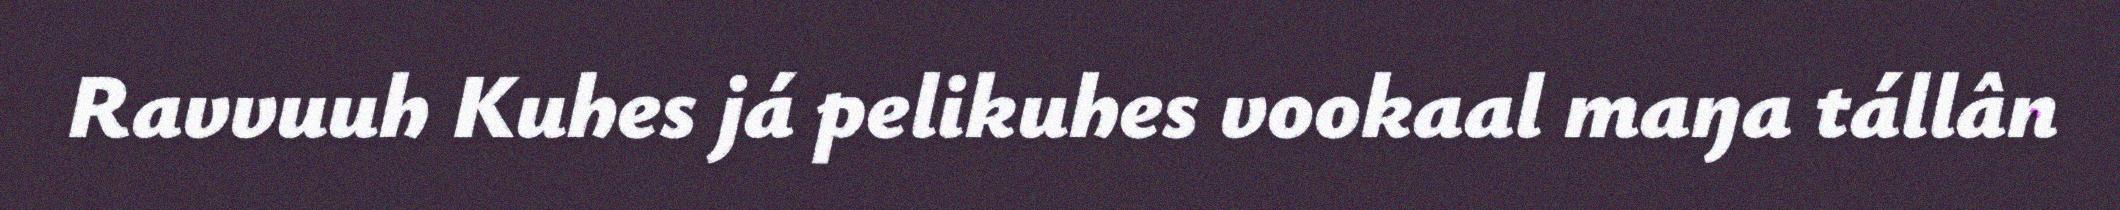
Ravvuuh Kuhes já pelikuhes vookaal maŋa tállân